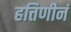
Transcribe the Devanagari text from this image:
हत्तिणीनं